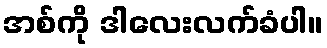
အစ်ကို ဒါလေးလက်ခံပါ။